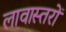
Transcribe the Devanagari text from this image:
लावास्तरों